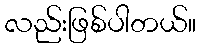
လည်းဖြစ်ပါတယ်။